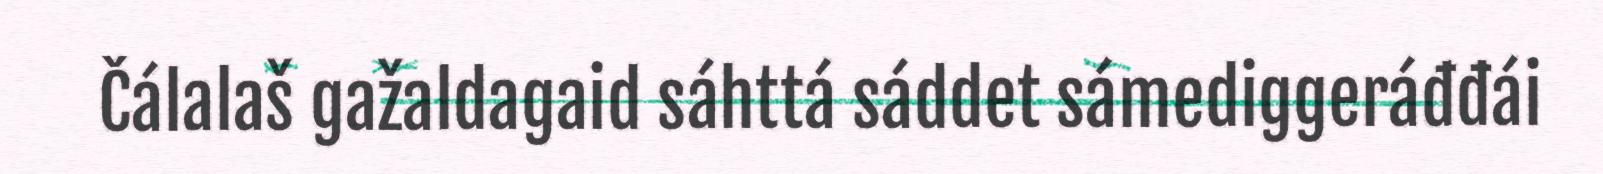
Čálalaš gažaldagaid sáhttá sáddet sámediggeráđđái